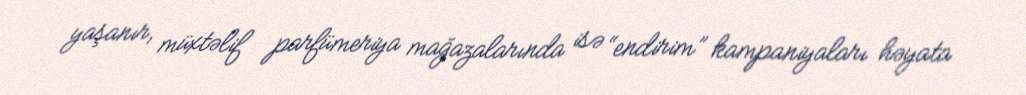
yaşanır, müxtəlif parfümeriya mağazalarında isə “endirim” kampaniyaları həyata